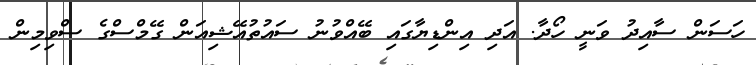
ހަސަން ސާއިދު ވަނީ ހޯދާ. އަދި އިންޑިޔާގައި ބޭއްވުނު ސައުތުއޭޝިއަން ގޭމްސްގެ ސްވިމިިން